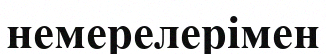
немерелерімен